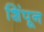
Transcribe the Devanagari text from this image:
शिंपून